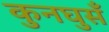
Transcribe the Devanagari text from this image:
कुनघुसँ